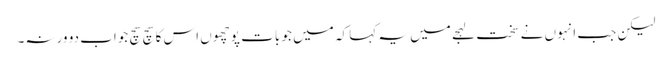
لیکن جب انہوں نے سخت لہجے میں یہ کہا کہ میں جو بات پوچھوں اس کا سچ سچ جواب دو ورنہ۔